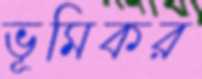
ভূমিকর